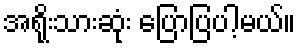
အရိုးသားဆုံး ပြောပြပါ့မယ်။